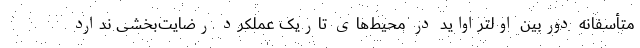
متأسفانه دوربین اولتراواید در محیط‌های تاریک عملکرد رضایت‌بخشی ندارد